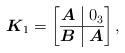
LaTeX: \begin{gather*}\boldsymbol{K}_1=\left[\begin{array}{@{}c|c@{}}\boldsymbol{A} &0_3 \\ \hline \boldsymbol{B}&\boldsymbol{A}\\ \end{array}\right ],\end{gather*}